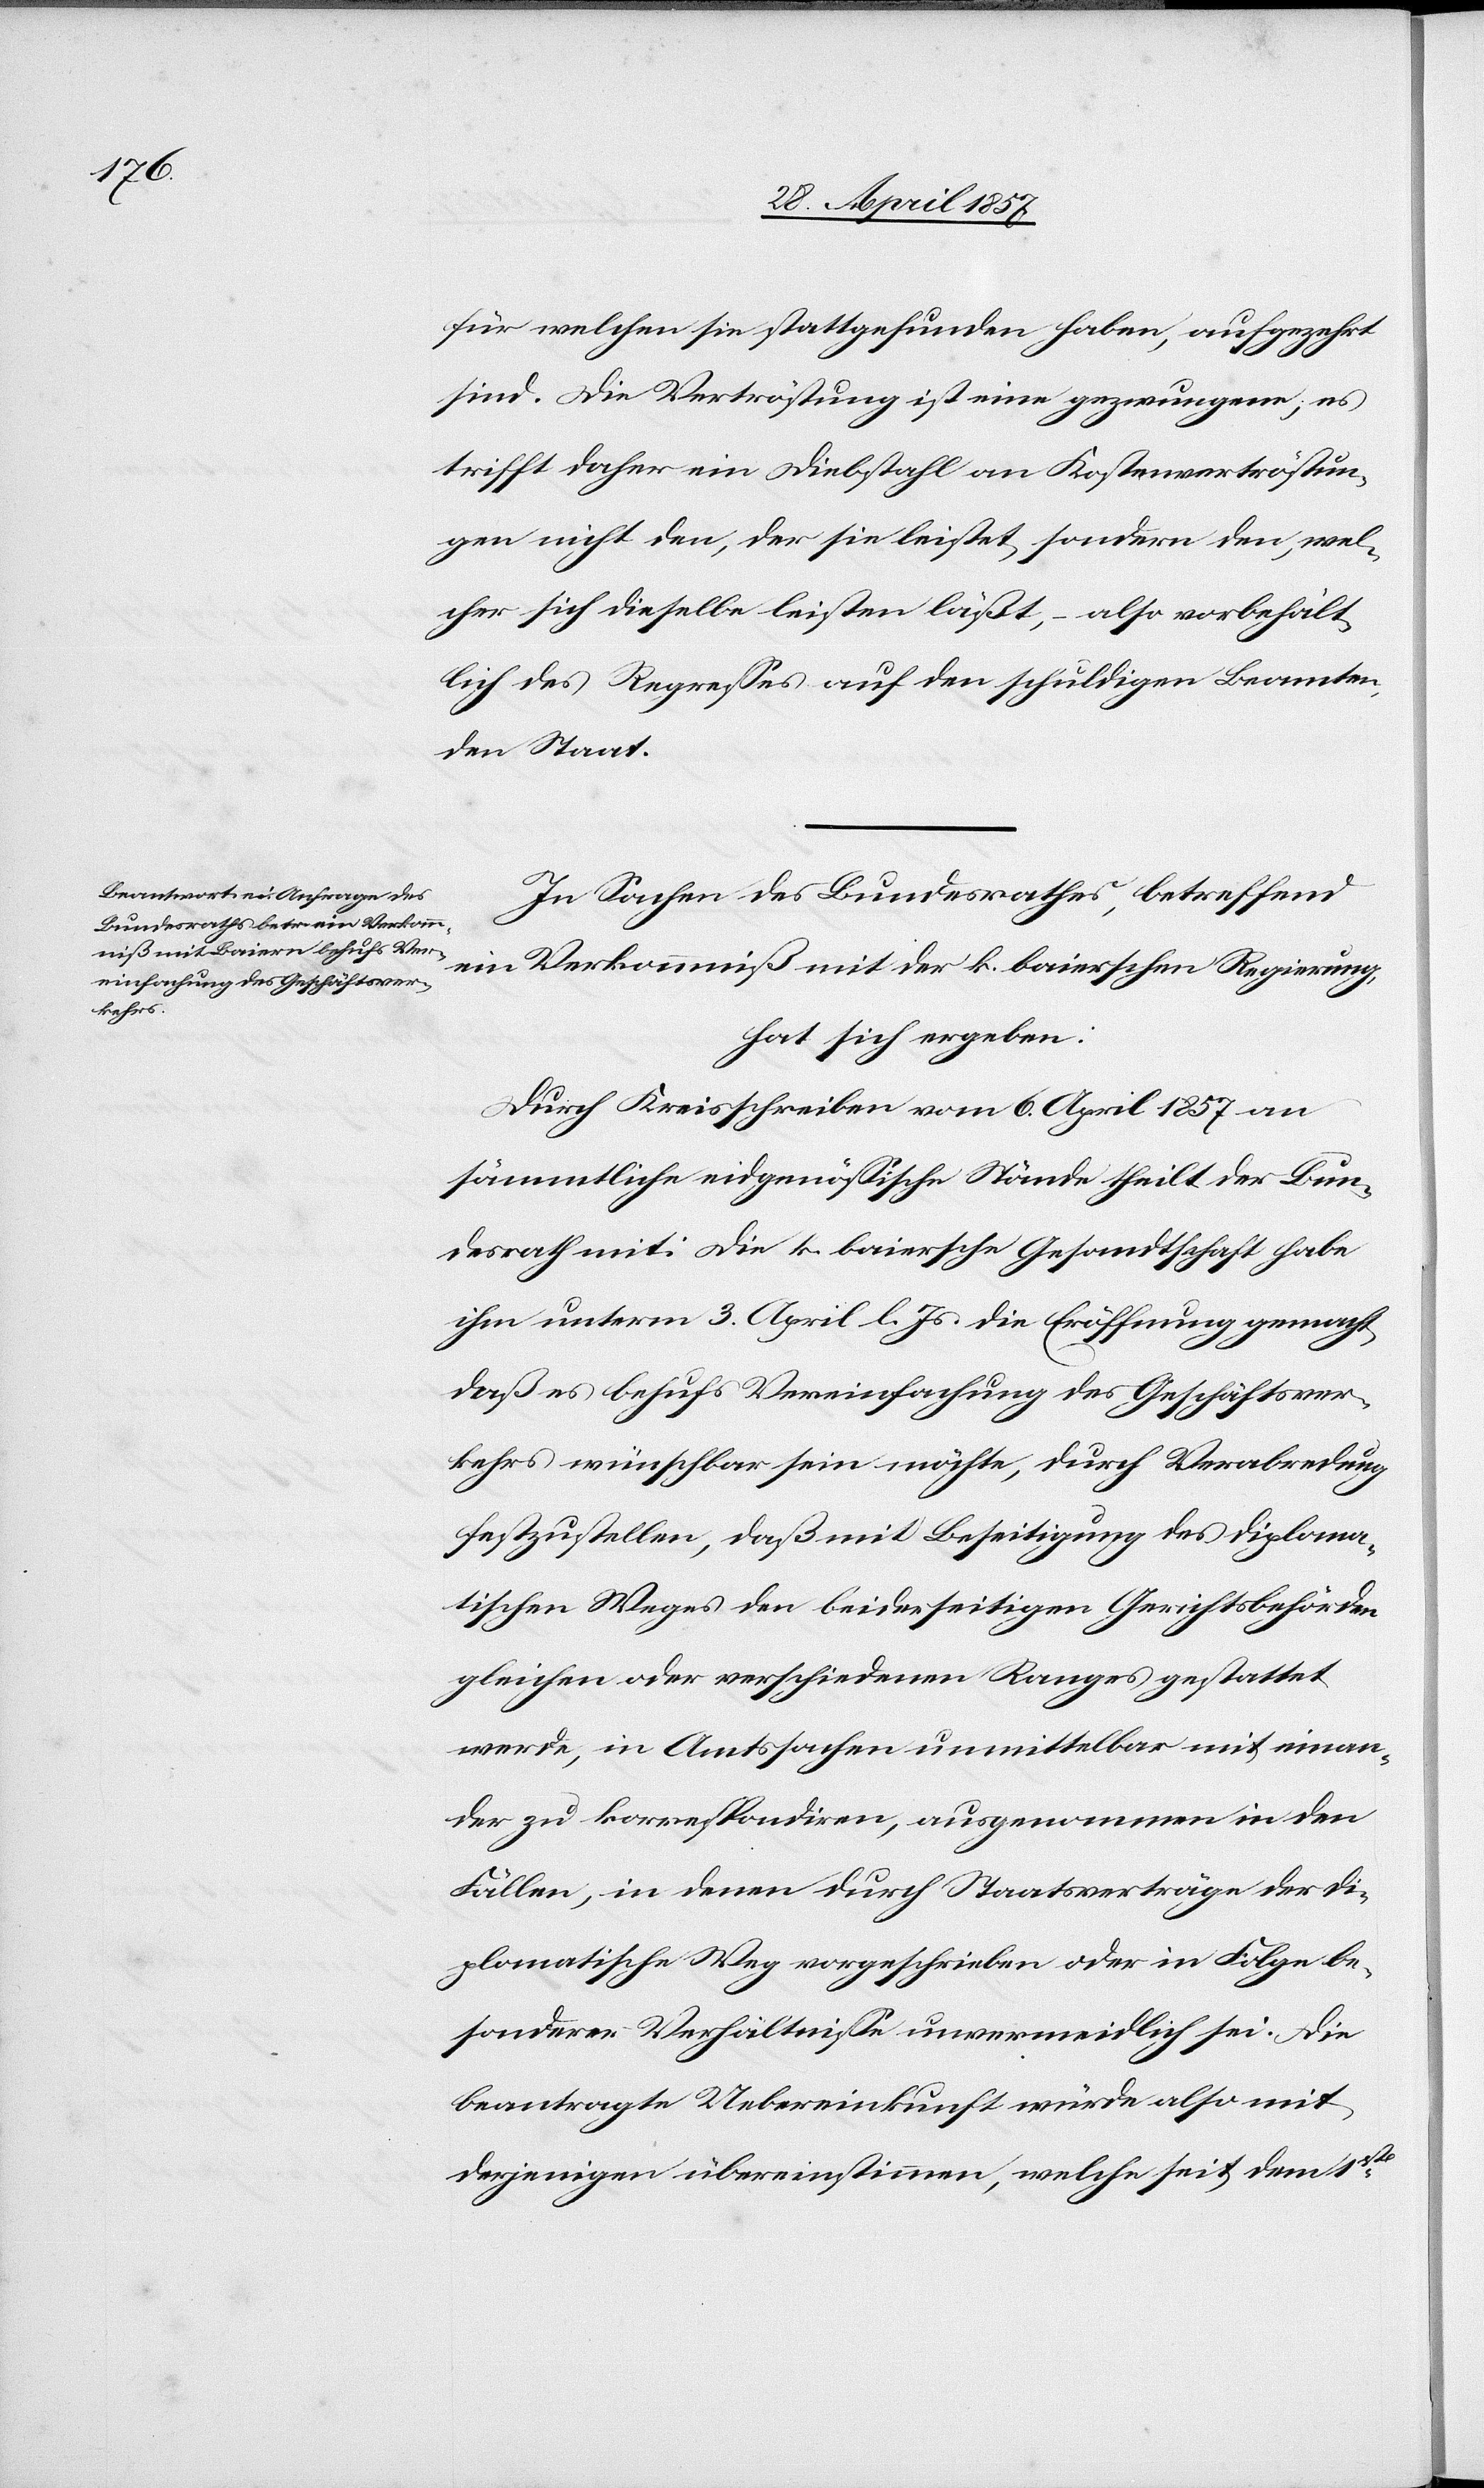
für welchen sie stattgefunden haben, aufgezehrt
sind. Die Vertröstung ist eine gezwungene, es
trifft daher ein Diebstahl an Kostenverströstun¬
gen nicht den, der sie leistet, sondern den, wel¬
cher sich dieselbe leisten läßt, – also vorbehält¬
lich des Regreßes auf den schuldigen Beamten,
den Staat.
In Sachen des Bundesrathes, betreffend
ein Verkommniß mit der k. baierschen Regierung,
hat sich ergeben:
Durch Kreisschreiben vom 6 April 1857 an
sämmtliche eidgenössische Stände theilt der Bun¬
desrath mit: Die k. baiersche Gesandtschaft habe
ihm unterm 3 April l. Js. die Eröffnung gemacht
daß es behufs Vereinfachung des Geschäftsver¬
kehrs wünschbar sein möchte, durch Verabredung
festzustellen, daß mit Beseitigung des diploma¬
tischen Weges den beiderseitigen Gerichtsbehörden
gleichen oder verschiedenen Ranges gestattet
werde, in Amtssachen unmittelbar mit einan¬
der zu korrespondiren, ausgenommen in den
Fällen, in denen durch Staatsverträge der di¬
plomatische Weg vorgeschrieben oder in Folge be¬
sonderer Verhältniße unvermeidlich sei. Die
beantragte Uebereinkunft würde also mit
derjenigen übereinstimmen, welche seit dem 1sten